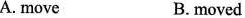
A. move B. moved